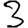
Digit: 3